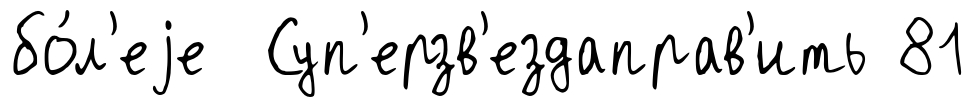
бо́л'еjе Суп'ерзв'ездаправ'ить 81